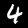
Label: 4